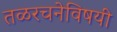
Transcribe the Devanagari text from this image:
तळरचनेविषयी